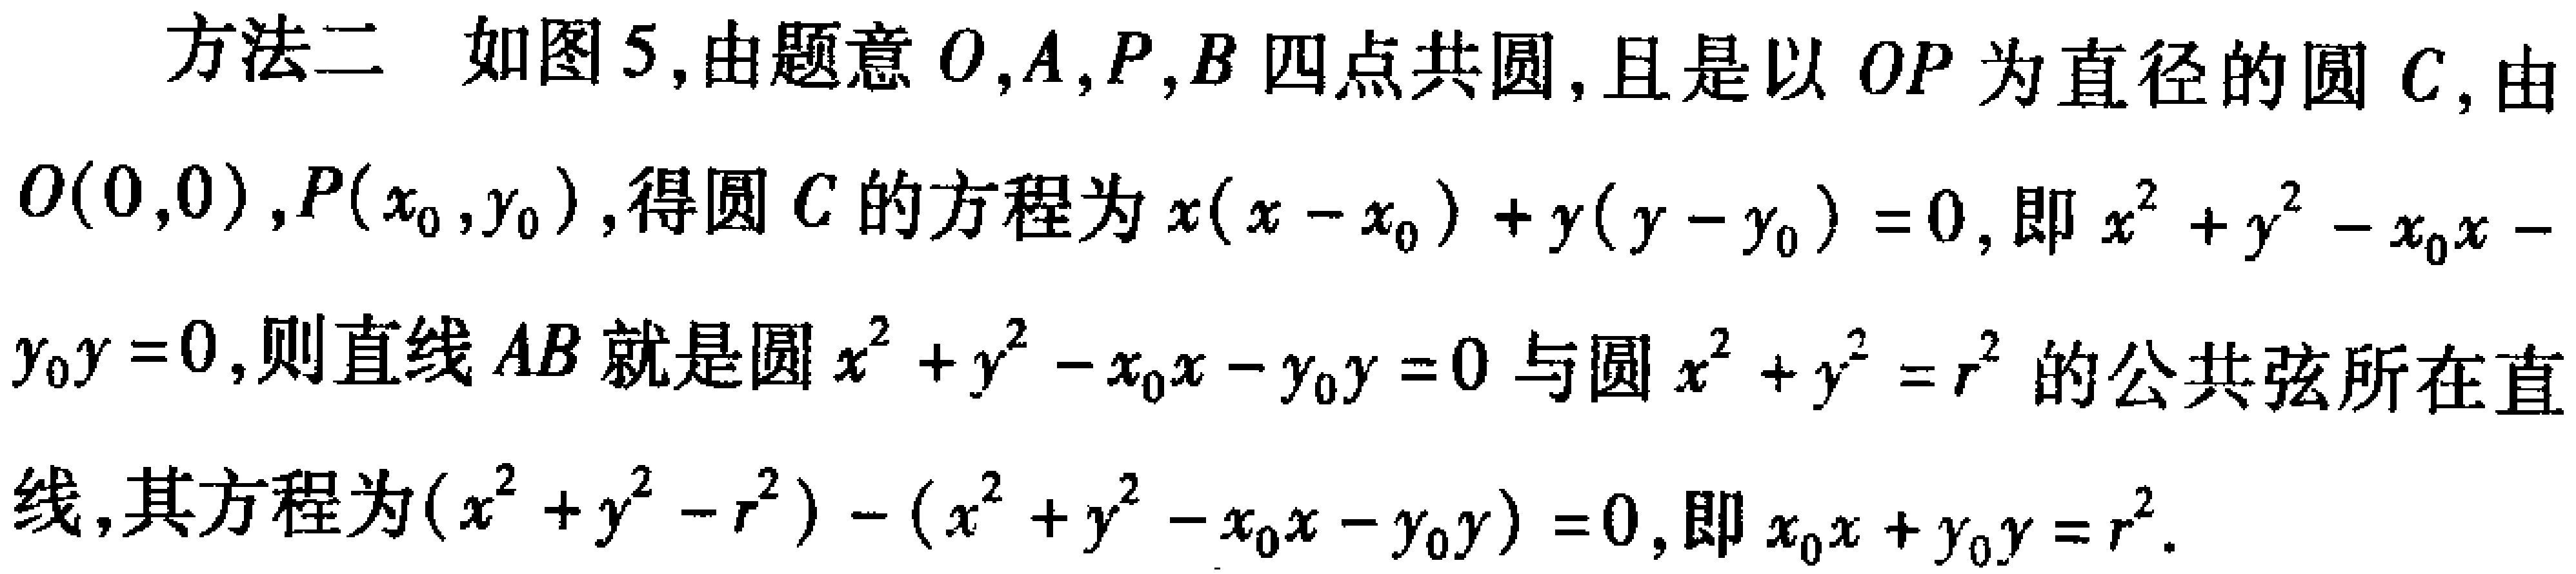
方法二 如图5,由题意\(O,A,P,B\)四点共圆,且是以\(OP\)为直径的圆\(C\),由\(O(0,0)\),\(P(x_{0},y_{0})\),得圆\(C\)的方程为\(x(x - x_{0}) + y(y - y_{0}) = 0\),即\(x^{2} + y^{2} - x_{0}x - y_{0}y = 0\),则直线\(AB\)就是圆\(x^{2} + y^{2} - x_{0}x - y_{0}y = 0\)与圆\(x^{2} + y^{2} = r^{2}\)的公共弦所在直线,其方程为\((x^{2} + y^{2} - r^{2}) - (x^{2} + y^{2} - x_{0}x - y_{0}y) = 0\),即\(x_{0}x + y_{0}y = r^{2}\).